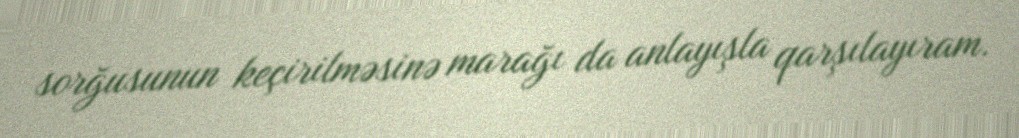
sorğusunun keçirilməsinə marağı da anlayışla qarşılayıram.